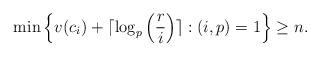
LaTeX: \begin{align*}\min_{} \left\{ v(c_i)+ \lceil \log_p \left(\frac{r}{i} \right) \rceil: (i,p)=1 \right\} \geq n.\end{align*}